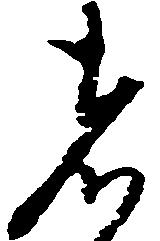
者